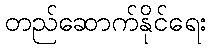
တည်ဆောက်နိုင်ရေး